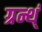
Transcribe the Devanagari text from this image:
ग्रन्थ्ं